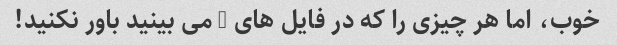
خوب، اما هر چیزی را که در فایل های x می بینید باور نکنید!